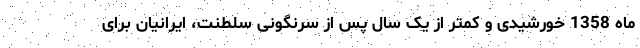
ماه 1358 خورشیدی و کمتر از یک سال پس از سرنگونی سلطنت، ایرانیان برای